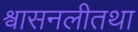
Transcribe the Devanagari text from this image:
श्वासनलीतथा